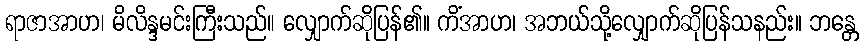
ရာဇာအာဟ၊ မိလိန္ဒမင်းကြီးသည်။ လျှောက်ဆိုပြန်၏။ ကိံအာဟ၊ အဘယ်သို့လျှောက်ဆိုပြန်သနည်း။ ဘန္တေ